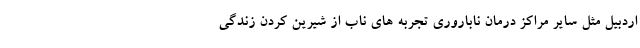
اردبیل مثل سایر مراکز درمان ناباروری تجربه های ناب از شیرین کردن زندگی